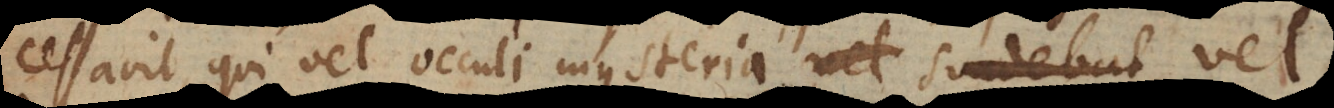
cessavit, qui vel occuli mysteria vel